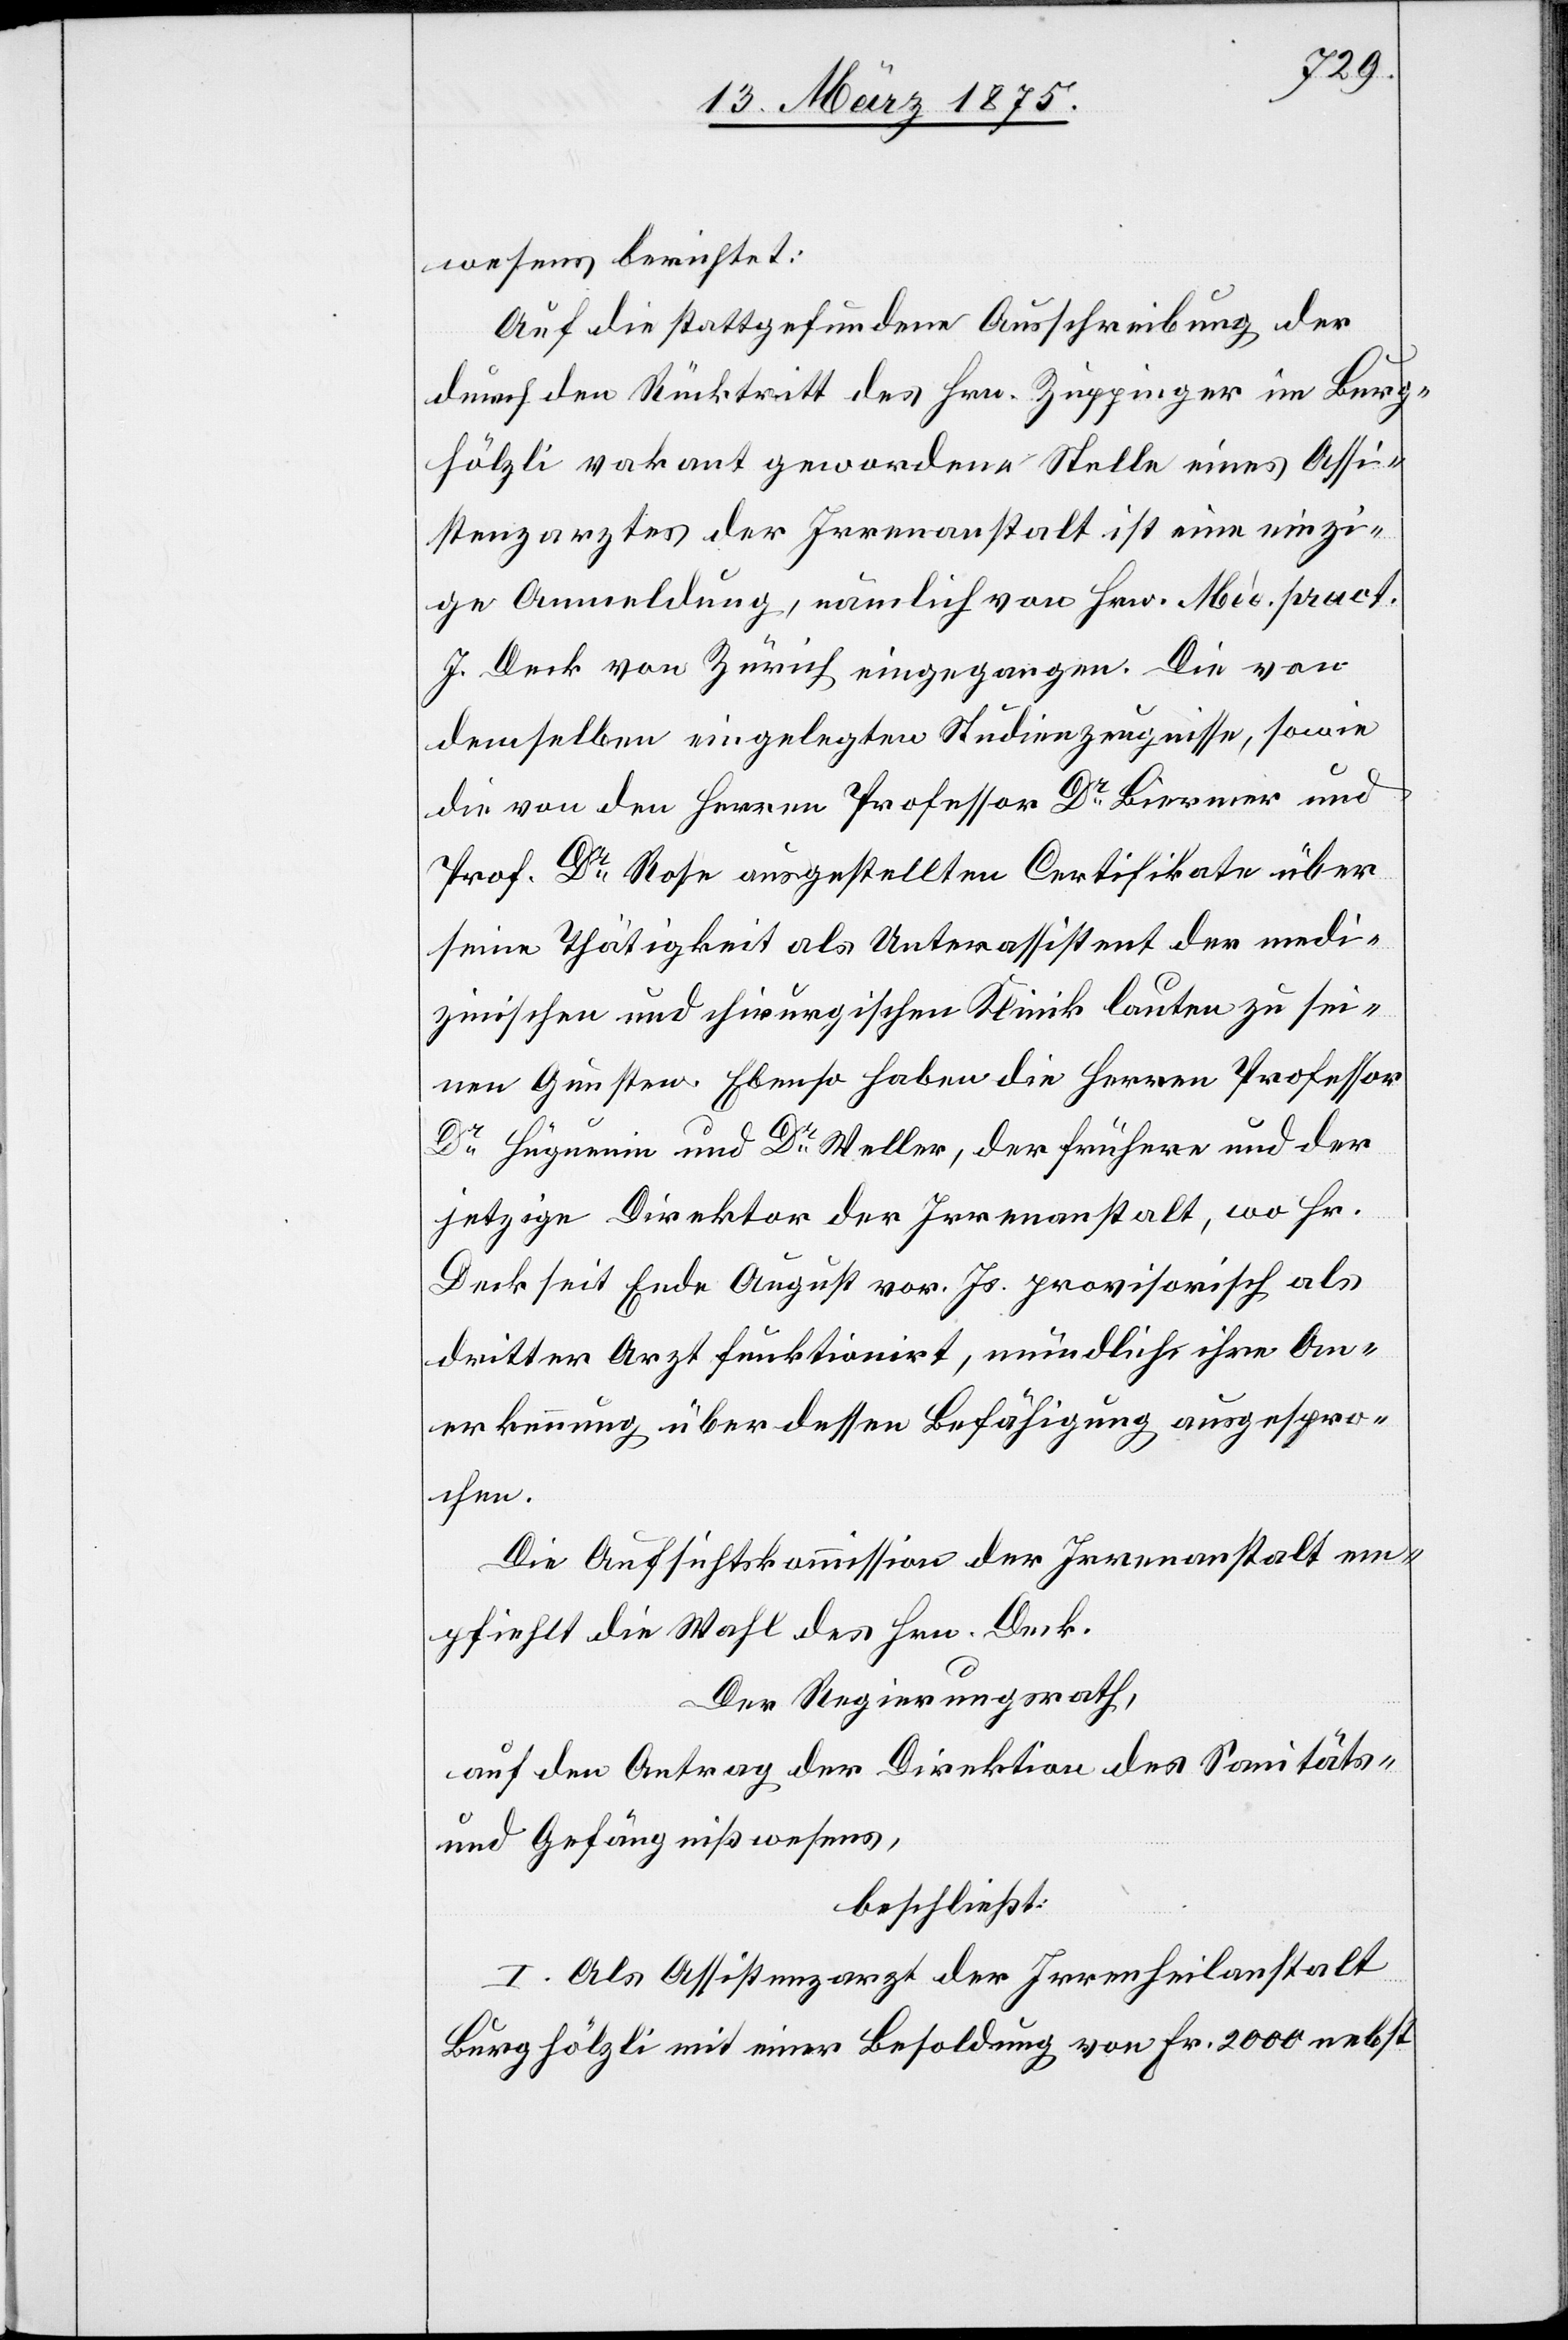
wesens berichtet:
Auf die stattgefundene Ausschreibung der
durch den Rücktritt des Hrn. Zuppinger im Burg¬
hölzli vakant gewordene Stelle eines Assi¬
stenzarztes der Irrenanstalt ist eine einzi¬
ge Anmeldung, nämlich von Hrn. Med. pract.
J. Deck von Zürich eingegangen. Die von
demselben eingelegten Studienzeugnisse, sowie
die von den Herren Professor Dr Birmer und
Prof. Dr Rose ausgestellten und Certifikate über
seine Thätigkeit als Unterassistent der medi¬
zinischen und chirurgischen Klinik lauten zu sei¬
nen Gunsten. Ebenso haben die Herren Professor
Dr Hüguenin und Dr Weller, der frühere und der
jetzige Direktor der Irrenanstalt, wo Hr.
Deck seit Ende August vor. Js. provisorisch als
dritter Arzt funktionirt, mündlich ihre An¬
erkennung über dessen Befähigung ausgespro¬
chen.
Die Aufsichtskommission der Irrenanstalt em¬
pfiehlt die Wahl des Hrn. Deck.
Der Regierungsrath,
auf den Antrag der Direktion des Sanitäts-
und Gefängnißwesens,
beschließt:
I. Als Assistenzarzt der Irrenheilanstalt
Burghölzli mit einer Besoldung von Fr. 2000